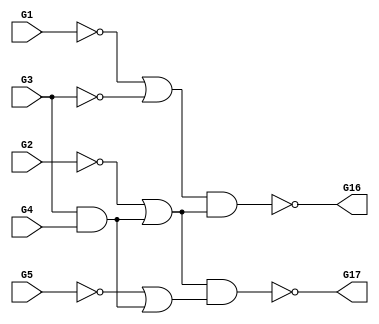

module mymod
(
  G1,
  G2,
  G3,
  G4,
  G5,
  G16,
  G17
);

  input G1;input G2;input G3;input G4;input G5;
  output G16;output G17;
  wire G1_p;
  wire G1_n;
  wire G2_p;
  wire G2_n;
  wire G3_p;
  wire G3_n;
  wire G4_p;
  wire G4_n;
  wire G5_p;
  wire G5_n;
  wire g6_p;
  wire g6_n;
  wire g7_p;
  wire g7_n;
  wire g8_p;
  wire g8_n;
  wire g9_p;
  wire g9_n;
  wire g10_p;
  wire g10_n;
  wire g11_p;
  wire g11_n;
  wire g7_p_spl_;
  wire g8_n_spl_;

  buf

  (
    G1_p,
    G1
  );


  not

  (
    G1_n,
    G1
  );


  buf

  (
    G2_p,
    G2
  );


  not

  (
    G2_n,
    G2
  );


  buf

  (
    G3_p,
    G3
  );


  not

  (
    G3_n,
    G3
  );


  buf

  (
    G4_p,
    G4
  );


  not

  (
    G4_n,
    G4
  );


  buf

  (
    G5_p,
    G5
  );


  not

  (
    G5_n,
    G5
  );


  or

  (
    g6_n,
    G1_n,
    G3_n
  );


  and

  (
    g7_p,
    G3_p,
    G4_p
  );


  or

  (
    g8_n,
    G2_n,
    g7_p_spl_
  );


  and

  (
    g9_p,
    g6_n,
    g8_n_spl_
  );


  or

  (
    g10_n,
    G5_n,
    g7_p_spl_
  );


  and

  (
    g11_p,
    g8_n_spl_,
    g10_n
  );


  not

  (
    G16,
    g9_p
  );


  not

  (
    G17,
    g11_p
  );


  buf

  (
    g7_p_spl_,
    g7_p
  );


  buf

  (
    g8_n_spl_,
    g8_n
  );


endmodule